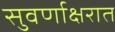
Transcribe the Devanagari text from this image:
सुवर्णाक्षरात